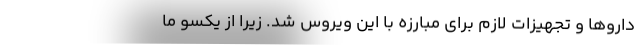
داروها و تجهیزات لازم برای مبارزه با این ویروس شد. زیرا از یکسو ما